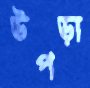
উপড়া